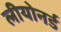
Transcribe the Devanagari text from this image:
लीयोनर्ड